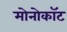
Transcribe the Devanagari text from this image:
मोनोकॉट